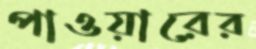
পাওয়ারের